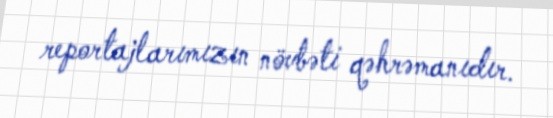
reportajlarımızın növbəti qəhrəmanıdır.